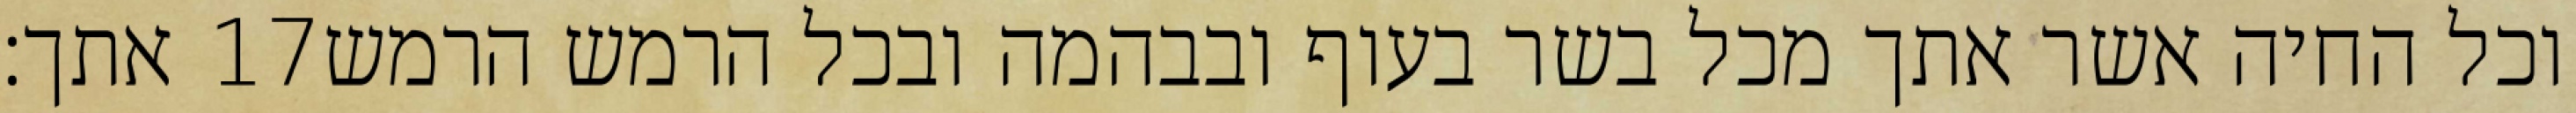
אתך׃ ‎17‏ וכל החיה אשר אתך מכל בשר בעוף ובבהמה ובכל הרמש הרמש